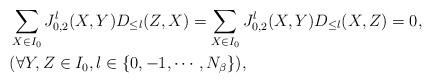
LaTeX: \begin{align*}&\sum_{X\in I_0}J_{0,2}^l(X,Y)D_{\le l}(Z,X)=\sum_{X\in I_0}J_{0,2}^l(X,Y)D_{\le l}(X,Z)=0,\\&(\forall Y,Z\in I_0,l\in \{0,-1,\cdots,N_{\beta}\}),\end{align*}